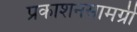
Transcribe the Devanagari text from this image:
प्रकाशनसामग्री